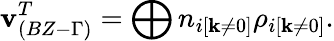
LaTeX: \textbf{v}_{(BZ-\Gamma)}^{T}=\bigoplus n_{i[\textbf{k}\neq 0]}\rho_{i[\textbf{k}\neq 0]}.